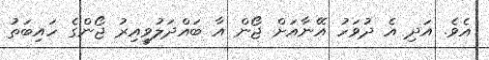
އެވެ. އަދި އެ ދުވަހު އޭނާއަށް ޖޯން އާ ބައްދަލުވީއިރު ޖޯންގެ ހައިބަތު